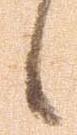
候